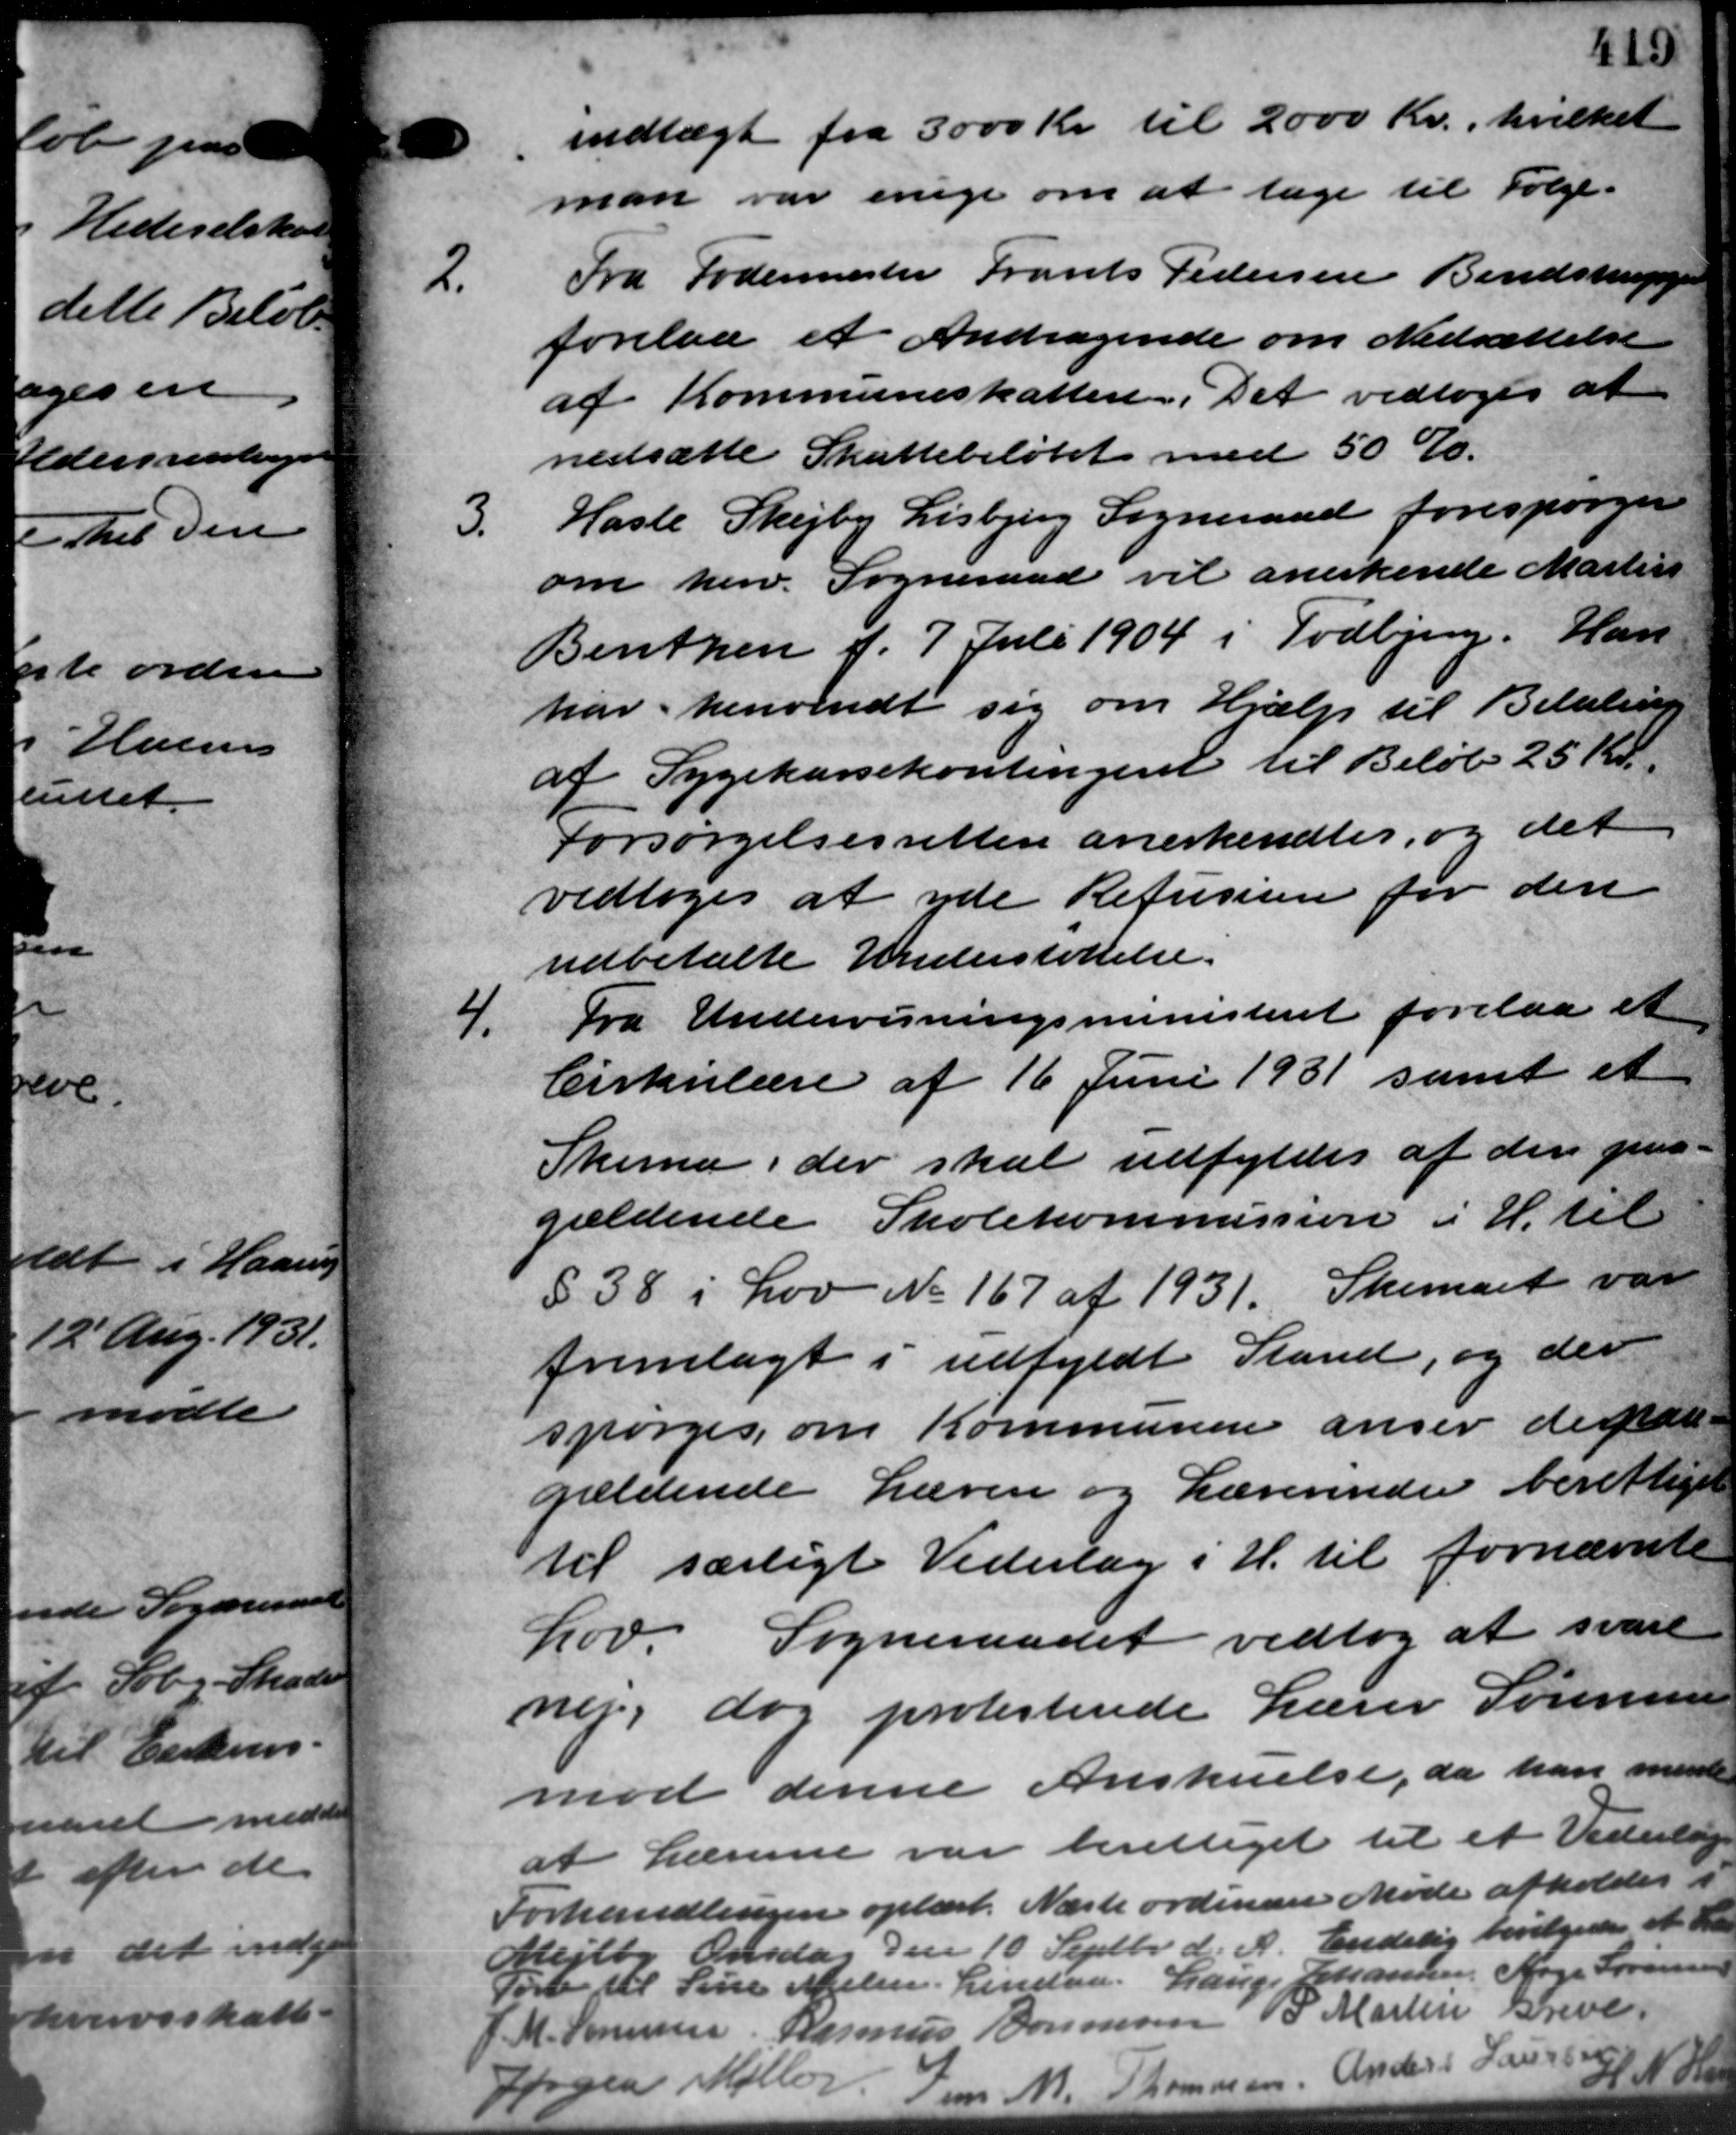
Transskription:
indtægt fra 3000 Kr. til 2000 Kr., hvilket
man var enige om at tage til Følge.
2.
Fra Fodermester Frants Pedersen Bendstrupgaa
forelaa et Andragende om Nedsættelse
af Kommuneskatten. Det vedtoges at
nedsætte Skattebeløbet med 50 %.
3.
Hasle Skejby Lisbjerg Sogneraad forespørger
om herv. Sogneraad vil anerkende Martin
Bentzen f. 7. Juli 1904 i Todbjerg. Han
har henvendt sig om Hjælp til Betaling
af Sygekassekontingent til Beløb 25 Kr.
Forsørgelsesretten anerkendtes, og det
vedtoges at yde Refusioere for den
udbetalte Understøttelse.

Fra Undervisningsministeriet forelaa et
Cirkulære af 16 Juni 1931 samt et
Skema, der skal udfyldes af den gena-
gældende Skolekommission i H. til
§ 38 i Lov No 167 af 1931. Skemaet var
fremlagt i udfyldt Stand, og der
spørges, om Kommunen anser de nate-
gældende Lærer og Lærerinder berettiget
til særligt Vederlag i H. til fornævnte
Lov Sogneraadet vedtog at svare
ner, dog protesterede Lærer Sørensen
mod denne Anskrivelse, da han minde
at Lærerne var berettiget til et Vederlæge
Forhandlingen oplæst. Næste ordinære Møde afholdes i
Mejlby Onsdag den 10 Septbr. d. A. Endelig bevilgedes et til
Tørb til Sine Nielsen. Lindaa. Lauge Johannesen Sørge Sørensen
J. M. Sørensen Rasmus Bonnesen P. Martin Greve.
 No
øgen Møller: Jens M. Thomsen Anders Larsen